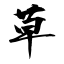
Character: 草